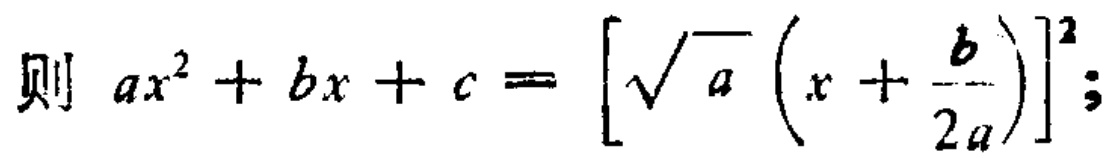
则 \(ax^{2}+bx + c = \left[\sqrt{a}\left(x+\frac{b}{2a}\right)\right]^{2}\);